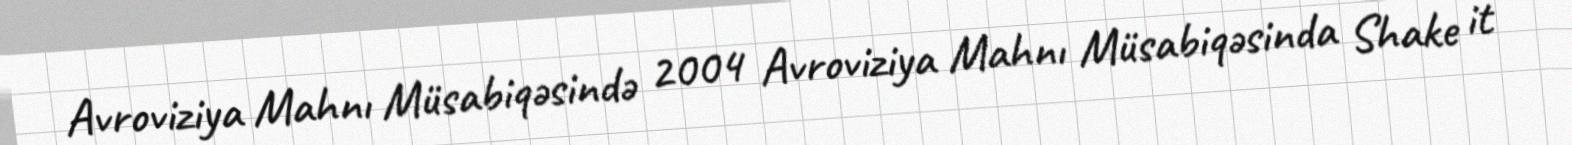
Avroviziya Mahnı Müsabiqəsində 2004 Avroviziya Mahnı Müsabiqəsinda Shake it